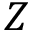
Z